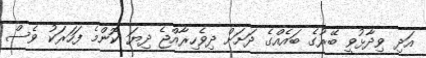
އަދި ވިދާޅުވީ ބޭރުގެ ބައެއްގެ ދަށަށް ދިވެހިރާއްޖެ ދިޔަ ކޮންމެ ފަހަރަކު ވެސް